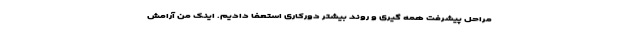
مراحل پیشرفت همه گیری و روند بیشتر دورکاری استعفا دادیم. اینک من آرامش